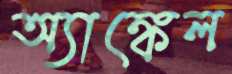
অ্যাঙ্কেল